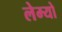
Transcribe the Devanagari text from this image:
लेम्यो